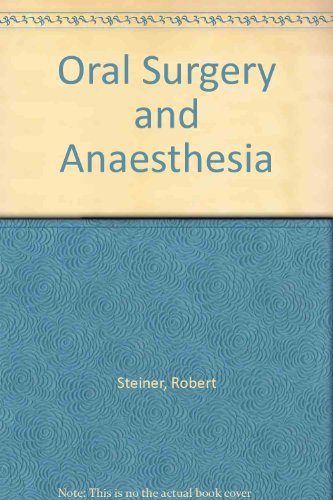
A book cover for Oral Surgery and Anaesthesia; Robert Steiner; Medical Books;